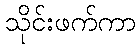
သိုင်းဖက်ကာ